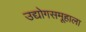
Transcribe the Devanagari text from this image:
उद्योगसमूहाला